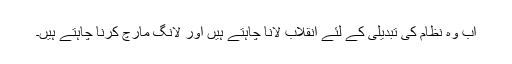
اب وہ نظام کی تبدیلی کے لئے انقلاب لانا چاہتے ہیں اور لانگ مارچ کرنا چاہتے ہیں۔